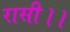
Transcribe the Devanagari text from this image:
रासी।।